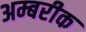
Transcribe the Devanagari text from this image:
अम्बरीक